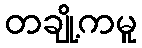
တချို့ကမူ